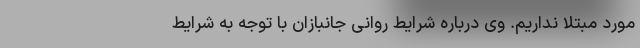
مورد مبتلا نداریم. وی درباره شرایط روانی جانبازان با توجه به شرایط